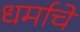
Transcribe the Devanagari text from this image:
धर्माचें